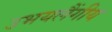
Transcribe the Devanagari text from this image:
उभयलैंगीय